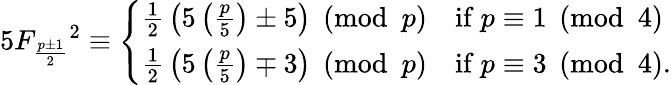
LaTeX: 5{F_{\frac{p\pm 1}{2}}}^{2}\equiv{\left\{ \begin{array}{ll}{{\frac{1}{2}}\left(5\left({\frac{p}{5}}\right)\pm 5\right){\pmod{p}}}&{{\mathrm{if~}}p\equiv 1{\pmod{4}}}\\ {{\frac{1}{2}}\left(5\left({\frac{p}{5}}\right)\mp 3\right){\pmod{p}}}&{{\mathrm{if~}}p\equiv 3{\pmod{4}}.}\end{array}\right.}